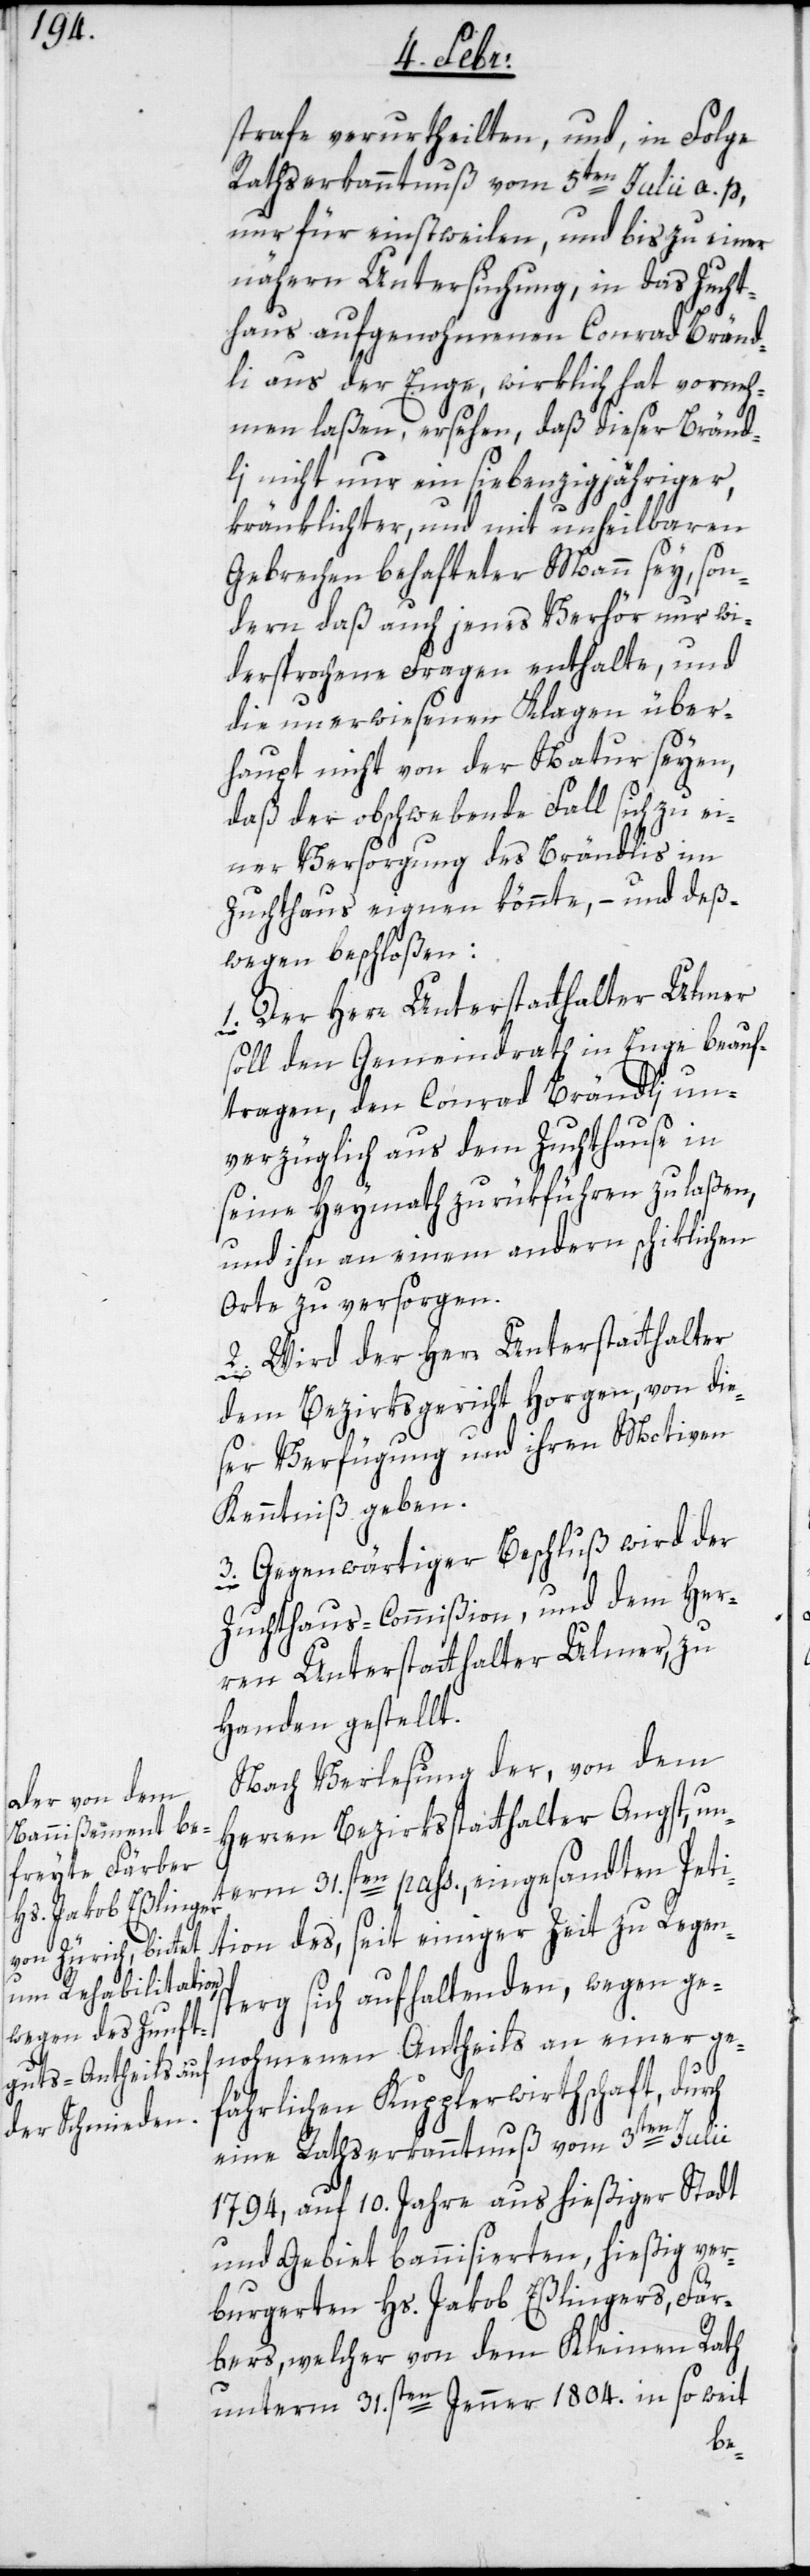
strafe verurtheilten, und, in Folge
Rathserkanntnuß vom 5ten Julii a. p.,
nur für einstweilen, und bis zu einer
nähern Untersuchung, in das Zucht¬
haus aufgenohmenen Conrad Bränd¬
li aus der Enge, wirklich hat vorneh¬
men laßen, ersehen, daß dieser Bränd¬
li nicht nur ein siebenzigjähriger,
kränklichter, und mit unheilbaren
Gebrechen behafteter Mann sey, son¬
dern daß auch jenes Verhör nur wi¬
dersprochene Fragen enthalte, und
die unerwiesenen Klagen über¬
haupt nicht von der Natur seyen,
daß der obschwebende Fall sich zu ei¬
ner Versorgung des Brändlis im
Zuchthaus eignen könnte, – und deß¬
wegen beschloßen:
1. Der Herr Unterstatthalter Ulmer
soll den Gemeindrath in Enge beauf¬
tragen, den Conrad Brändli, un¬
verzüglich aus dem Zuchthause in
seine Heymath zurükführen zu laßen,
und ihn an einem andern schiklichen
Orte zu versorgen.
2. Wird der Herr Unterstatthalter
dem Bezirksgericht Horgen, von die¬
ser Verfügung und ihren Motiven
Kenntniß geben.
3. Gegenwärtiger Beschluß wird der
Zuchthaus-Commißion, und dem Her¬
ren Unterstatthalter Ulmer, zu
Handen gestellt.
Nach Verlesung der, von dem
Herren Bezirksstatthalter Angst, un¬
term 31.sten pass., eingesandten Peti¬
tion des, seit einiger Zeit zu Regen¬
sperg sich aufhaltenden, wegen ge¬
nohmenen Antheils an einer ge¬
fährlichen Kupplerwirthschaft, durch
eine Rathserkanntnuß vom 3ten Julii
1794, auf 10. Jahre aus hießiger Stadt
und Gebiet bannisierten, hießig ver¬
burgerten Hs. Jakob Eßlingers, Fär¬
bers, welcher von dem Kleinen Rath
unterm 31.sten Jenner 1804. in so weit